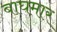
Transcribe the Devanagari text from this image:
बाघमार